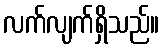
လက်လျက်ရှိသည်။